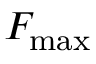
F _ { \mathrm { m a x } }